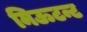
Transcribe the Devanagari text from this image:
मिऊटन्ट